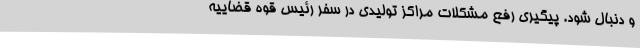
و دنبال شود. پیگیری رفع مشکلات مراکز تولیدی در سفر رئیس قوه قضاییه